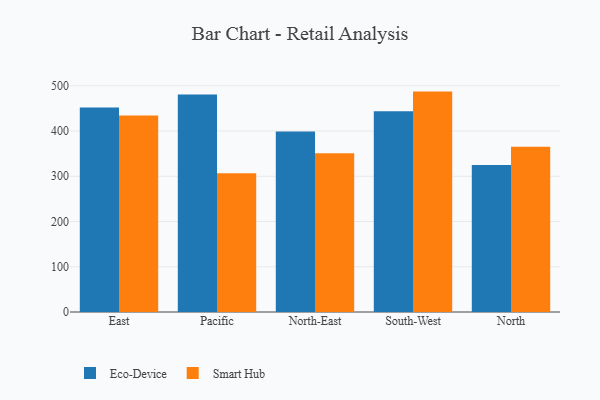
{"axis": {"x": "Region", "y": "Latency (ms)"}, "legend": ["Eco-Device", "Smart Hub"], "data": [{"x": "East", "y": 452.2, "type": "Eco-Device"}, {"x": "East", "y": 434.2, "type": "Smart Hub"}, {"x": "Pacific", "y": 480.6, "type": "Eco-Device"}, {"x": "Pacific", "y": 306.8, "type": "Smart Hub"}, {"x": "North-East", "y": 399.1, "type": "Eco-Device"}, {"x": "North-East", "y": 351.1, "type": "Smart Hub"}, {"x": "South-West", "y": 443.4, "type": "Eco-Device"}, {"x": "South-West", "y": 487.1, "type": "Smart Hub"}, {"x": "North", "y": 324.7, "type": "Eco-Device"}, {"x": "North", "y": 365.3, "type": "Smart Hub"}]}